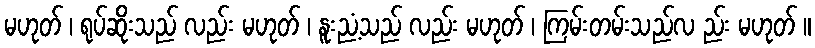
မဟုတ် ၊ ရုပ်ဆိုးသည် လည်း မဟုတ် ၊ နူးညံ့သည် လည်း မဟုတ် ၊ ကြမ်းတမ်းသည်လ ည်း မဟုတ် ။